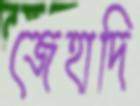
জেহাদি